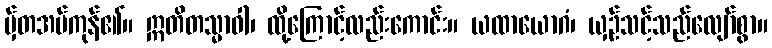
မှ်တအပ်ကုန်၏။ ဣတိတသ္မာဝါ၊ ထို့ကြောင့်လည်းကောင်း။ ယထာယောဂံ၊ ယှဉ်သင့်သည်လျော်စွာ။